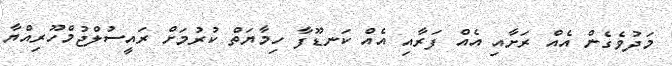
މަދުވެގެން އެއް ރަށާއި އެއް ފަރާއި އެއް ކަނޑޫފާ ހިމާޔަތް ކުރުމަށް ރައީސުލްޖުމްހޫރިއްޔާ